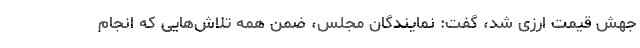
جهش قیمت ارزی شد، گفت: نمایندگان مجلس، ضمن همه تلاش‌هایی که انجام